Bréfritari: Sigríður Pálsdóttir
Viðtakandi: Páll Pálsson
Dagsetning: A-1858-06-21
Skrifað á: Hraungerði  Árn.
Páll var bróðir Sigríðar

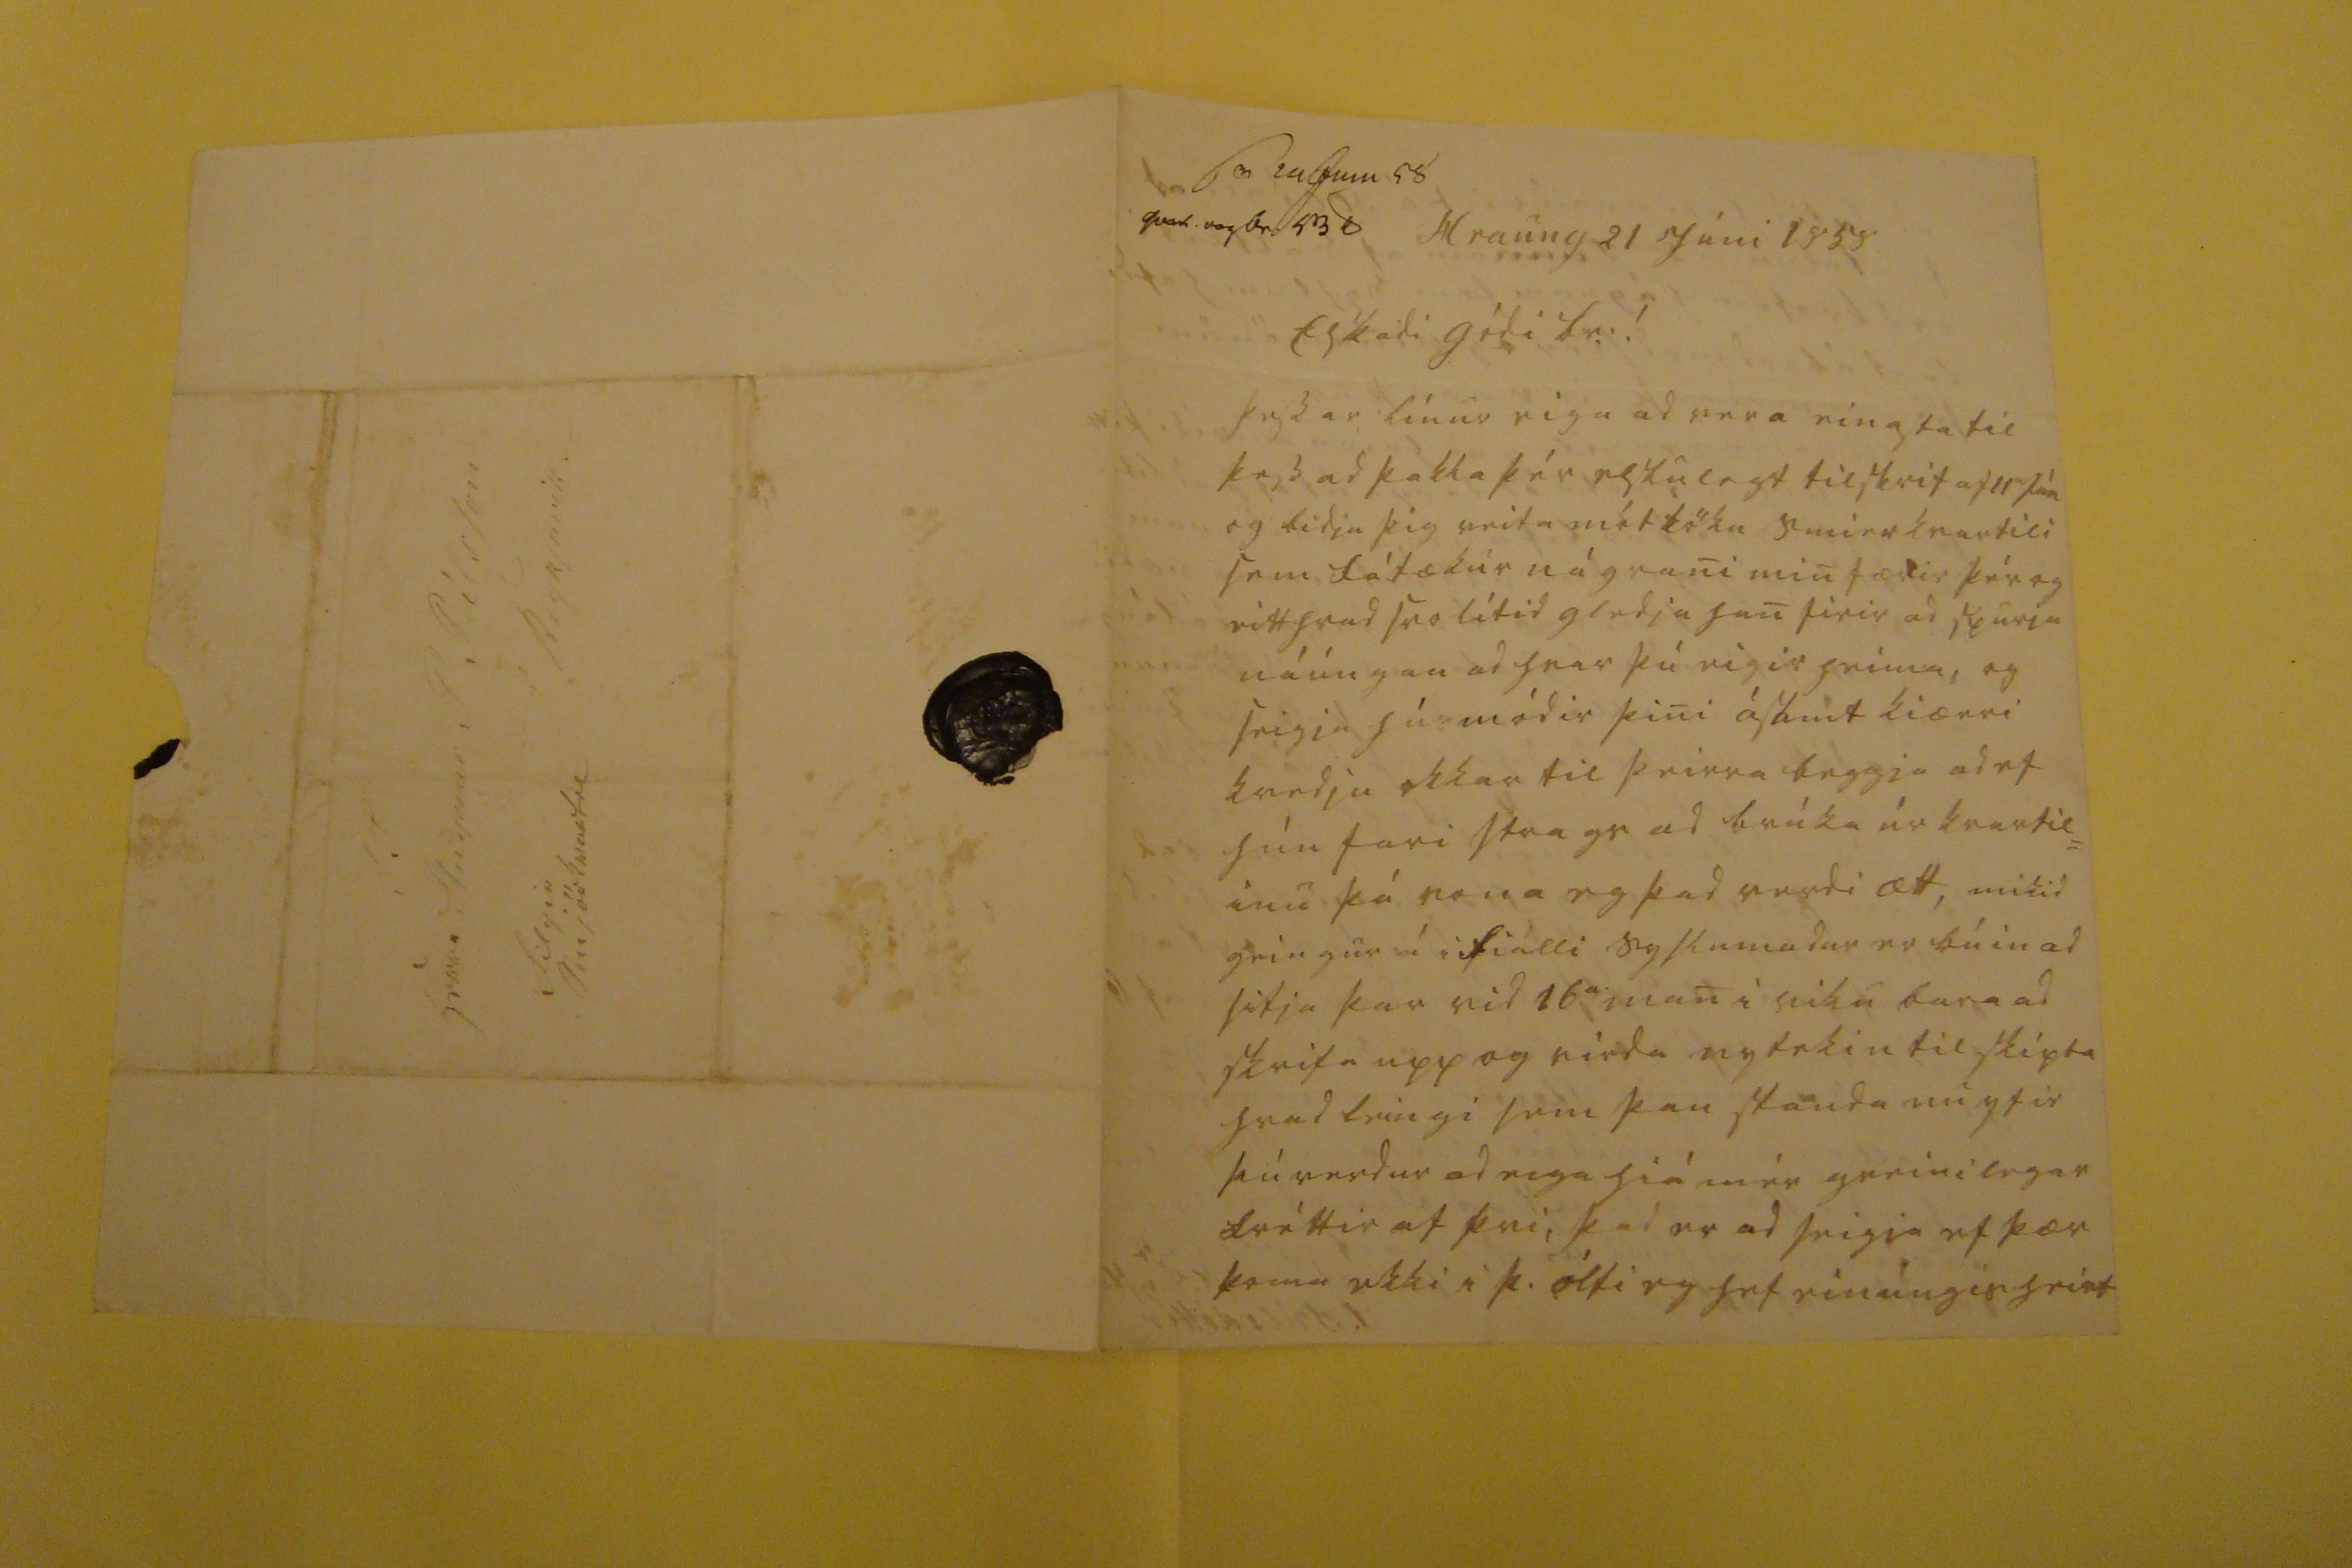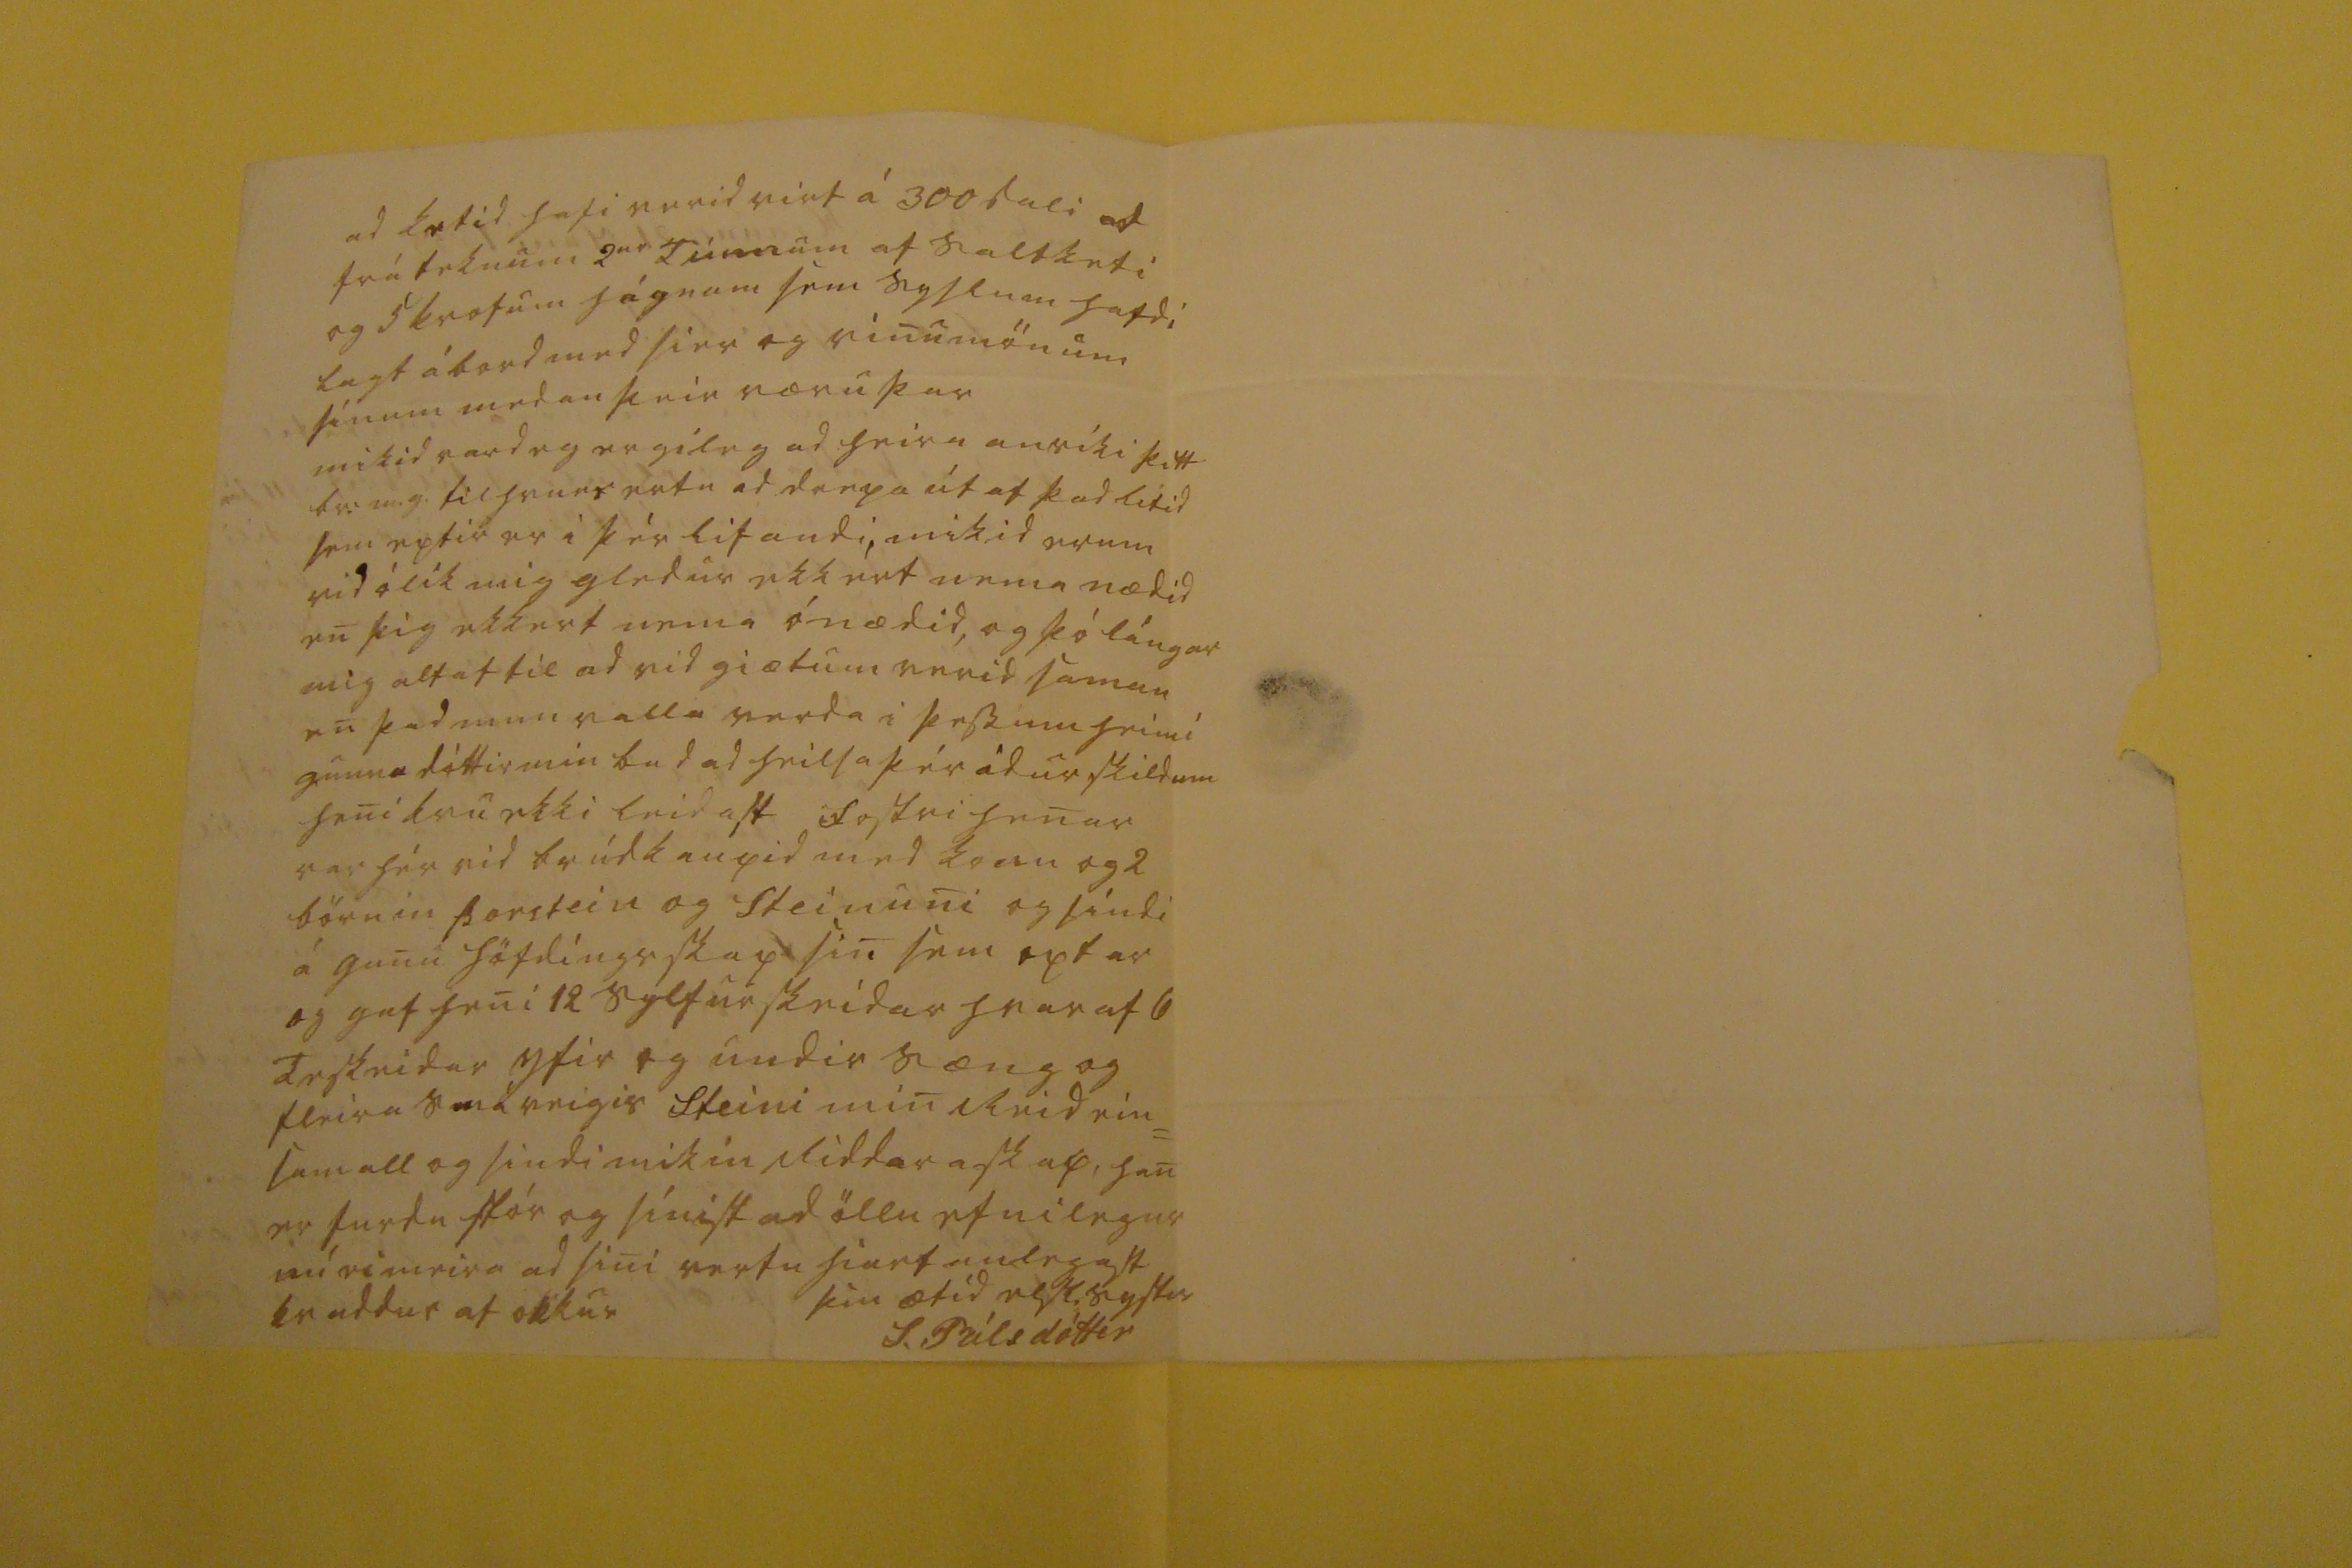

sv. 24 Jun 58 qvart.0og br0 43 d
Hraung 21 Júni 1858
Elskadi gódi br:!
Þessar línur eiga ad vera einasta til þess ad þakka þér elskulegt tilskrif af 11
ta
Jún og bidja þig veita
mé0köku
smierkvartili sem fátækur nágrani min færir þér og eitthvad svo lítid gledja han firir ad spurja náungan ad hvar þú eigir heima, og seigir húsmódir þini ásamt kiærri kvedju okkar til þeirra beggja ad ef hún fari strags ad brúka úr kvartil= inu þá vona eg þad verdi ætt, mikid geingur á ifiálli syslumadur er búin ad sitja þar vid 16
a
man i viku bara ad skrifa upp og virda nytekin til skipta hvad leingi sem þau standa nu yfir þú verdur ad eiga hiá mér greinilegar fréttir af þvi, þad er ad seigia ef þær koma ekki i þ. ólfi eg hef einungis heirt
ad
ke
tid hafi verid virt á 300 dali ad fráteknum 2
ur
túnnum af saltketi og 5 krofum
hágnum sem syslum
hafdi lagt á bord med sier og vinumönum þínum medan þeir væru þar mikid vard eg ergileg ad heira anríki þitt br.m.g. til hvurs ertu ad drepa út af þad lítid sem eptir er i þér lifandi, mikid erum vid ólík mig gledur ekkert nema nædid en þig ekkert nema ónædid, og þó lángar mig altaf til ad vid giætum verid saman en þad mun valla verda i þessum heimi gunna dóttir min bad ad heilsa þér ádur skildum heni
0ru
ekki leidast fostri henar var hér vid brúdkaupid med konu og 2 börnin Þorstein og Steinuni og
00ndi
á gunu höfdingsskap sin sem optar og gaf heni 12 sylfurskeidar hvar af 6 teskeidar yfir og undir sæng og fleira smáveigis Steini min Reid ein= sam all og sindi mikin Riddaraskap, han er furdu stór og sínist ad öllu efnilegur nú ei meira ad sini vertu hiartanlegast kvaddur af okkur
þín ætíd elsk. systir
S. Pálsdóttir
S T Herra Studjosus P Pálsson á Reykjavík filgir smjörkvartil